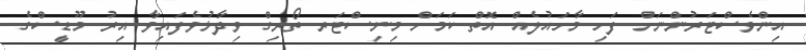
އިންވެސްޓަރުންނަށް ފަހި މާހައުލެއް އޮތް ކަމަށް މިނިސްޓަރ ތޯރިގް ވިދާޅުވެފައިވާ އިރު މޫޑީސްގެ